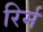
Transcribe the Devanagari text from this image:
रिर्म